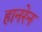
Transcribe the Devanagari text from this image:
हानरेन